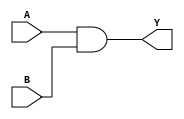
module AND2X1_1(A, B, Y);
input A, B;
output Y;
and(Y, A, B);
endmodule